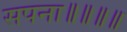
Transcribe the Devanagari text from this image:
सपना॥॥॥॥